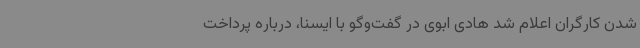
شدن کارگران اعلام شد هادی ابوی در گفت‌وگو با ایسنا، درباره پرداخت